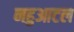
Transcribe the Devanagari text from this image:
नहुआटल